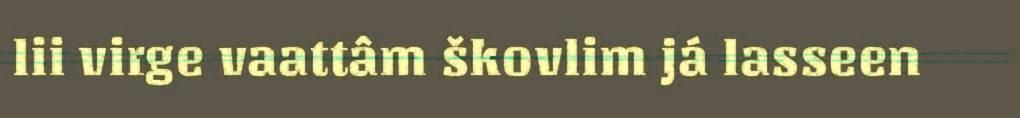
lii virge vaattâm škovlim já lasseen